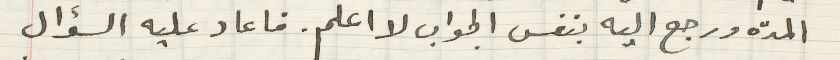
المدة ورجع اليه بنفس الجواب لا اعلم. فاعاد عليه السؤال